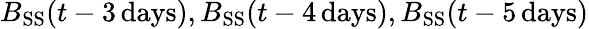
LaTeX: B_{\mathrm{SS}}(t-3\mathrm{\, days}),B_{\mathrm{SS}}(t-4\mathrm{\, days}),B_{\mathrm{SS}}(t-5\mathrm{\, days})